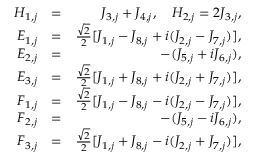
\begin{array} { r l r } { H _ { 1 , j } } & { = } & { J _ { 3 , j } + J _ { 4 , j } , \quad H _ { 2 , j } = 2 J _ { 3 , j } , } \\ { E _ { 1 , j } } & { = } & { \frac { \sqrt { 2 } } { 2 } [ J _ { 1 , j } - J _ { 8 , j } + i ( J _ { 2 , j } - J _ { 7 , j } ) ] , } \\ { E _ { 2 , j } } & { = } & { - ( J _ { 5 , j } + i J _ { 6 , j } ) , } \\ { E _ { 3 , j } } & { = } & { \frac { \sqrt { 2 } } { 2 } [ J _ { 1 , j } + J _ { 8 , j } + i ( J _ { 2 , j } + J _ { 7 , j } ) ] , } \\ { F _ { 1 , j } } & { = } & { \frac { \sqrt { 2 } } { 2 } [ J _ { 1 , j } - J _ { 8 , j } - i ( J _ { 2 , j } - J _ { 7 , j } ) ] , } \\ { F _ { 2 , j } } & { = } & { - ( J _ { 5 , j } - i J _ { 6 , j } ) , } \\ { F _ { 3 , j } } & { = } & { \frac { \sqrt { 2 } } { 2 } [ J _ { 1 , j } + J _ { 8 , j } - i ( J _ { 2 , j } + J _ { 7 , j } ) ] , } \end{array}